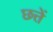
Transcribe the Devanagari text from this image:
छत्तें